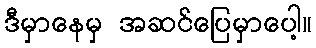
ဒီမှာနေမှ အဆင်ပြေမှာပေါ့။